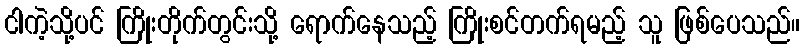
ငါကဲ့သို့ပင် ကြိုးတိုက်တွင်းသို့ ရောက်နေသည့် ကြိုးစင်တက်ရမည့် သူ ဖြစ်ပေသည်။